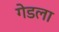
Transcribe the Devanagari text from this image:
गेडला